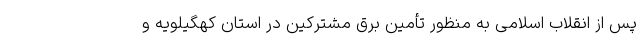
پس از انقلاب اسلامی به منظور تأمین برق مشترکین در استان کهگیلویه و